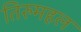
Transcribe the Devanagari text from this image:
तिरुमहल